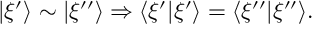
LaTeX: | \xi ^ { \prime } \rangle \sim | \xi ^ { \prime \prime } \rangle \Rightarrow \langle \xi ^ { \prime } | \xi ^ { \prime } \rangle = \langle \xi ^ { \prime \prime } | \xi ^ { \prime \prime } \rangle .